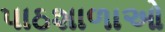
પાઠશાળાઓ